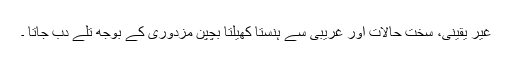
غیر یقینی، سخت حالات اور غریبی سے ہنستا کھیلتا بچپن مزدوری کے بوجھ تلے دب جاتا ۔